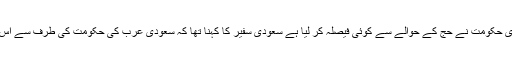
اس سوال پر کہ کیا کورونا وائرس کی وجہ سے سعودی حکومت نے حج کے حوالے سے کوئی فیصلہ کر لیا ہے سعودی سفیر کا کہنا تھا کہ سعودی عرب کی حکومت کی طرف سے اس سال حج کی منسوخی کا کوئی فیصلہ نہیں کیا گیا ہے۔